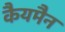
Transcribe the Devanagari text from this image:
कैयमैन